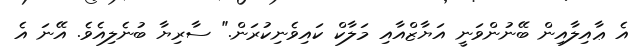
އެ ޢާއިލާއިން ބޭނުންވަނީ އަޔާޒްއާއި މަލާކް ކައިވެނިކުރަން." ސާރިޔާ ބުނެލިއެވެ. އޭނަ އެ